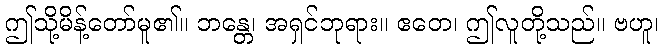
ဤသို့မိန့်တော်မူ၏။ ဘန္တေ၊ အရှင်ဘုရား။ ဧတေ၊ ဤလူတို့သည်။ ဗဟူ၊